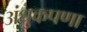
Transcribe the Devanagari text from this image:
अंधुकपणा